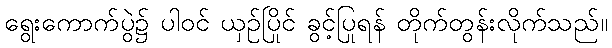
ရွေးကောက်ပွဲ၌ ပါဝင် ယှဉ်ပြိုင် ခွင့်ပြုရန် တိုက်တွန်းလိုက်သည်။